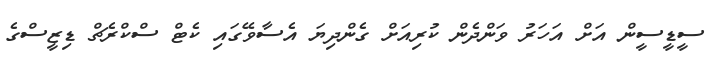
ސީޑީސީން އަށް އަހަރު ވަންދެން ކުރިއަށް ގެންދިޔަ އެސާވޭގައި ކެޓް ސްކްރެޗް ޑިޒީސްގެ